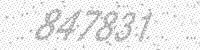
Solution: 847831